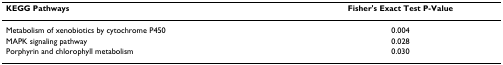
<table><thead><tr><td><b>KEGG Pathways</b></td><td><b>Fisher&#x27;s Exact Test P-Value</b></td></tr></thead><tbody><tr><td>Metabolism of xenobiotics by cytochrome P450</td><td>0.004</td></tr><tr><td>MAPK signaling pathway</td><td>0.028</td></tr><tr><td>Porphyrin and chlorophyll metabolism</td><td>0.030</td></tr></tbody></table>